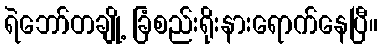
ရဲဘော်တချို့ ခြံစည်းရိုးနားရောက်နေပြီ။